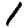
Digit: 1